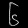
Digit: ၆